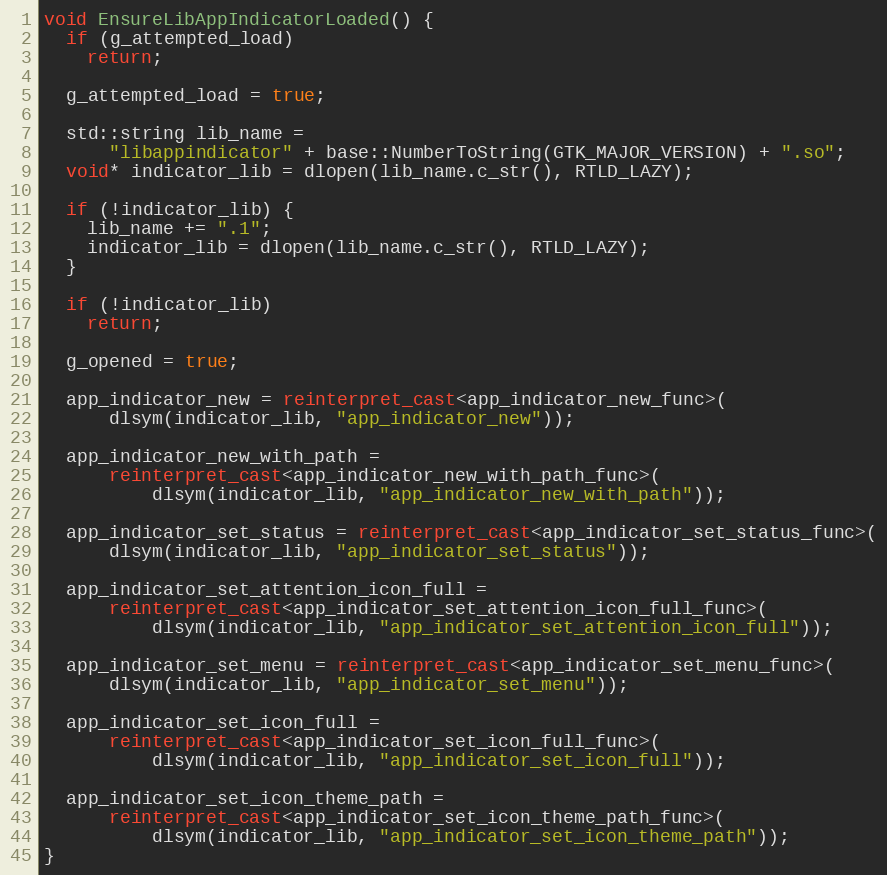
Language: C++
void EnsureLibAppIndicatorLoaded() {
  if (g_attempted_load)
    return;

  g_attempted_load = true;

  std::string lib_name =
      "libappindicator" + base::NumberToString(GTK_MAJOR_VERSION) + ".so";
  void* indicator_lib = dlopen(lib_name.c_str(), RTLD_LAZY);

  if (!indicator_lib) {
    lib_name += ".1";
    indicator_lib = dlopen(lib_name.c_str(), RTLD_LAZY);
  }

  if (!indicator_lib)
    return;

  g_opened = true;

  app_indicator_new = reinterpret_cast<app_indicator_new_func>(
      dlsym(indicator_lib, "app_indicator_new"));

  app_indicator_new_with_path =
      reinterpret_cast<app_indicator_new_with_path_func>(
          dlsym(indicator_lib, "app_indicator_new_with_path"));

  app_indicator_set_status = reinterpret_cast<app_indicator_set_status_func>(
      dlsym(indicator_lib, "app_indicator_set_status"));

  app_indicator_set_attention_icon_full =
      reinterpret_cast<app_indicator_set_attention_icon_full_func>(
          dlsym(indicator_lib, "app_indicator_set_attention_icon_full"));

  app_indicator_set_menu = reinterpret_cast<app_indicator_set_menu_func>(
      dlsym(indicator_lib, "app_indicator_set_menu"));

  app_indicator_set_icon_full =
      reinterpret_cast<app_indicator_set_icon_full_func>(
          dlsym(indicator_lib, "app_indicator_set_icon_full"));

  app_indicator_set_icon_theme_path =
      reinterpret_cast<app_indicator_set_icon_theme_path_func>(
          dlsym(indicator_lib, "app_indicator_set_icon_theme_path"));
}